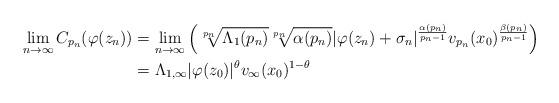
LaTeX: \begin{align*}\lim_{n \to \infty} C_{p_n}(\varphi(z_n)) &= \lim_{n \to \infty} \left( \sqrt[p_n]{\Lambda_1(p_n)} \sqrt[p_n]{\alpha(p_n)} \vert \varphi(z_n) + \sigma_n \vert^{\frac{\alpha(p_n)}{p_n-1}}v_{p_n}(x_0)^{\frac{\beta(p_n)}{p_n-1}}\right)\\&= \Lambda_{1,\infty} \vert\varphi(z_0)\vert^{\theta} v_{\infty}(x_0)^{1-\theta}\end{align*}